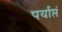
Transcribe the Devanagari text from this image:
पर्याप्तं